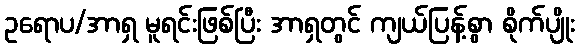
ဥရောပ/အာရှ မူရင်းဖြစ်ပြီး အာရှတွင် ကျယ်ပြန့်စွာ စိုက်ပျိုး